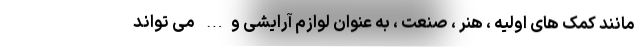
مانند کمک های اولیه ، هنر ، صنعت ، به عنوان لوازم آرایشی و… می‌ تواند